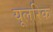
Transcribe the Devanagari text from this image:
यूलरिक